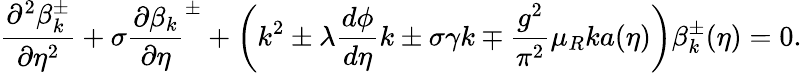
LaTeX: \frac{\partial^{2}\beta_{k}^{\pm}}{\partial{\eta}^{2}}+\sigma{\frac{\partial\beta_{k}}{\partial\eta}}^{\pm}+\left(k^{2}\pm\lambda\frac{d\phi}{d\eta}k\pm\sigma\gamma k\mp\frac{g^{2}}{\pi^{2}}\mu_{R}ka(\eta)\right)\beta_{k}^{\pm}(\eta)=0.